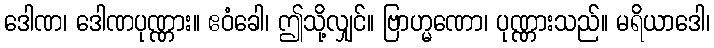
ဒေါဏ၊ ဒေါဏပုဏ္ဏား။ ဧဝံခေါ၊ ဤသို့လျှင်။ ဗြာဟ္မဏော၊ ပုဏ္ဏားသည်။ မရိယာဒေါ၊